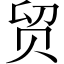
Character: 贸